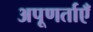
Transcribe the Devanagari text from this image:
अपूणर्ताएँ